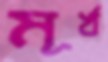
মূর্খ